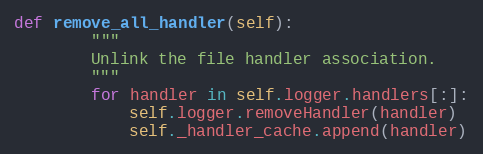
Language: Python
def remove_all_handler(self):
        """
        Unlink the file handler association.
        """
        for handler in self.logger.handlers[:]:
            self.logger.removeHandler(handler)
            self._handler_cache.append(handler)